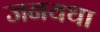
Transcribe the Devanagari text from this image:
जनयथा